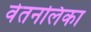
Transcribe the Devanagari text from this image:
वेतनलिका